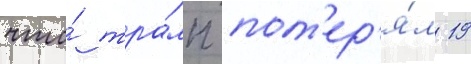
что́ тра́мп пот'ер'я́л 19